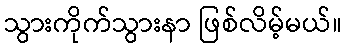
သွားကိုက်သွားနာ ဖြစ်လိမ့်မယ်။